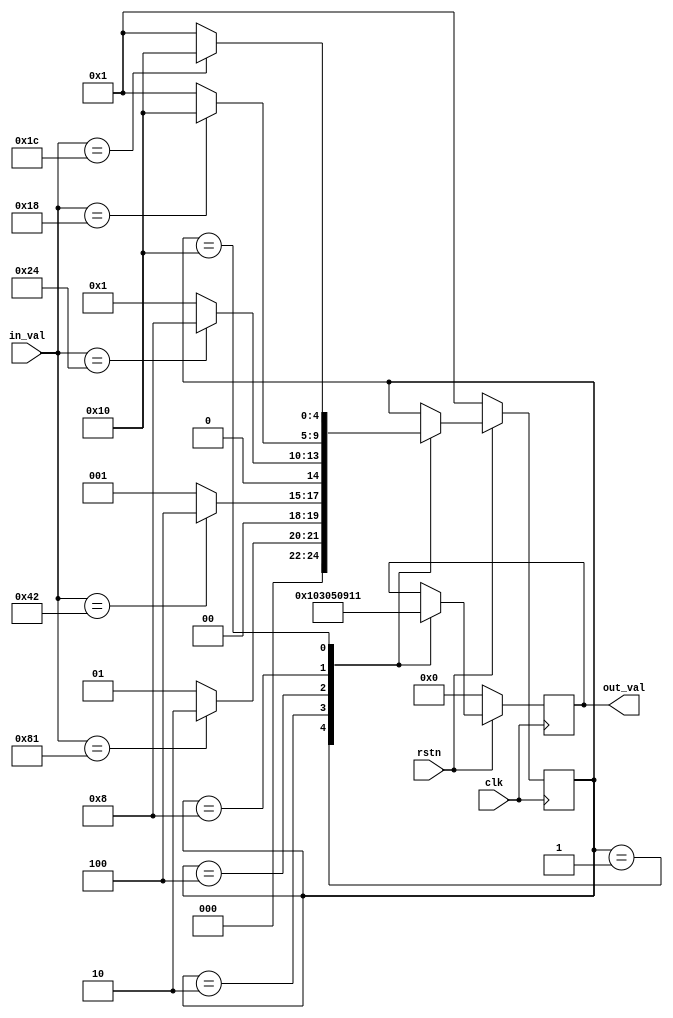
module fsm_0(
    input clk,
    input rstn,
    input [7:0] in_val,
    output [7:0] out_val
    );

localparam STATE_INITIAL = 5'b0_0001;
localparam STATE_FIRST   = 5'b0_0010;
localparam STATE_SECOND  = 5'b0_0100;
localparam STATE_THIRD   = 5'b0_1000;
localparam STATE_FOURTH  = 5'b1_0000;


localparam OUT_ST_0 = 8'b0000_0001;
localparam OUT_ST_1 = 8'b0000_0011;
localparam OUT_ST_2 = 8'b0000_0101;
localparam OUT_ST_3 = 8'b0000_1001;
localparam OUT_ST_4 = 8'b0001_0001;


reg [7:0] out_val;
reg [4:0] curr_state;


reg [4:0] nxt_state;
/* Next state logic */
always@(*)begin
    nxt_state = curr_state;
    case(curr_state)
    STATE_INITIAL: begin
        if(in_val == 8'b1000_0001)begin
            nxt_state = STATE_FIRST;
        end else begin
            nxt_state = STATE_INITIAL;
        end
    end
    STATE_FIRST: begin
        if(in_val == 8'b0100_0010)begin
            nxt_state = STATE_SECOND;
        end else begin
            nxt_state = STATE_INITIAL;
        end
    end
    STATE_SECOND: begin
        if(in_val == 8'b0010_0100)begin
            nxt_state = STATE_THIRD;
        end else begin
            nxt_state = STATE_INITIAL;
        end
    end
    STATE_THIRD: begin
        if(in_val == 8'b0001_1000)begin
            nxt_state = STATE_FOURTH;
        end else begin
            nxt_state = STATE_INITIAL;
        end
    end
    STATE_FOURTH: begin
        if(in_val == 8'b0001_1100)begin
            nxt_state = STATE_FOURTH;
        end else begin
            nxt_state = STATE_INITIAL;
        end
    end
    default: begin
        nxt_state = curr_state;
    end
    endcase
end

always@(posedge clk) begin
    if(rstn == 1'b0)begin
        out_val <= 8'b0;
        end else begin
            out_val <= out_val;
          case(curr_state)
            STATE_INITIAL: begin
              out_val <= OUT_ST_0;
            end
            STATE_FIRST: begin
              out_val <= OUT_ST_1;
            end
            STATE_SECOND: begin
              out_val <= OUT_ST_2;
            end
            STATE_THIRD: begin
              out_val <= OUT_ST_3;
            end
            STATE_FOURTH: begin
              out_val <= OUT_ST_4;
            end
          endcase
        end
end

always@(posedge clk)begin
    if(rstn == 1'b0)begin
        curr_state <= STATE_INITIAL;
    end
    else begin
        curr_state <= nxt_state;
    end
end




endmodule